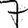
Digit: 7